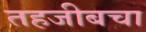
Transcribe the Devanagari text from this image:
तहजीबचा